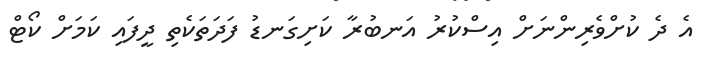
އެ ދެ ކުށްވެރިންނަށް އިސްކުރު އަނބުރާ ކަށިގަނޑު ފަދަތަކެތި ދީފައި ކަމަށް ކޯޓް